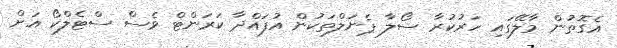
އެގޮތުން މާލޭގައި ހަރުކުރާ ސޯލާ ޕެނަލްތަކުން އުފައްދާ ކަރަންޓް ވެސް ސްޓެލްކޯ އަށް